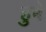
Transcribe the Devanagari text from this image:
हुबे